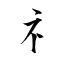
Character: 礻